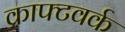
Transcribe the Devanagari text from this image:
क्राफ्टवर्क